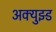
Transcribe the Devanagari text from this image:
अक्युझ्ड